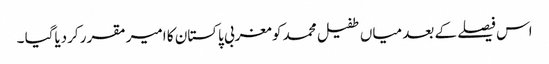
اس فیصلے کے بعد میاں طفیل محمد کو مغربی پاکستان کا امیر مقرر کردیاگیا ۔